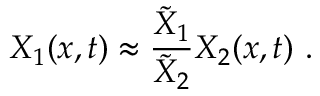
X _ { 1 } ( x , t ) \approx \frac { \tilde { X } _ { 1 } } { \tilde { X } _ { 2 } } X _ { 2 } ( x , t ) ~ .